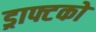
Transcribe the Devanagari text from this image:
ड्राफ्टको